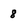
Character: 8